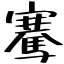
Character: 騫